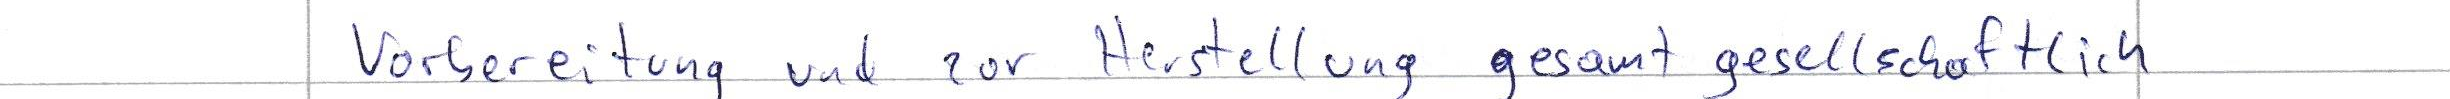
Vorbereitung und zur Herstellung gesamt gesellschaftlich